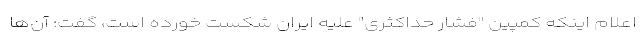
اعلام اینکه کمپین "فشار حداکثری" علیه ایران شکست خورده است، گفت: آن‌ها